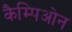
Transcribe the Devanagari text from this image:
कैम्पिओन